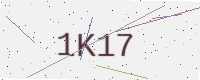
Text: 1K17